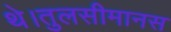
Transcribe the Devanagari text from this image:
थे।तुलसीमानस